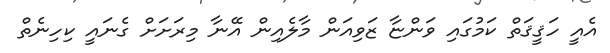
އެއީ ހަޤީޤަތް ކަމުގައި ވަންޏާ ޒަވިއަން މާލެއިން އޭނާ މިރަށަށް ގެނައީ ކިހިނެތް